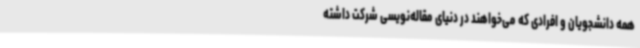
همه دانشجویان و افرادی که می‌خواهند در دنیای مقاله‌نویسی شرکت داشته